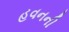
હવનની